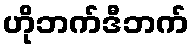
ဟိုဘက်ဒီဘက်